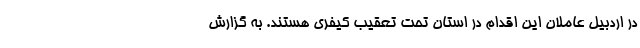
در اردبیل عاملان این اقدام در استان تحت تعقیب کیفری هستند. به گزارش